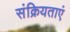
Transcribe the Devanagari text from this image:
संक्रियताएं